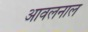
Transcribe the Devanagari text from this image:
आवलनाल